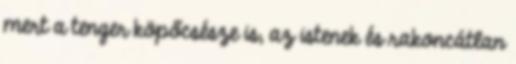
mert a tenger köpőcsésze is, az istenek és rakoncátlan